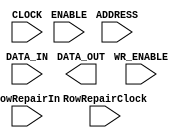

module CDK_S128x16(ADDRESS, DATA_IN, DATA_OUT, ENABLE, WR_ENABLE,
     CLOCK, RowRepairIn, RowRepairClock);
  input RowRepairIn, RowRepairClock;
  input [7:0] ADDRESS;
  input [15:0] DATA_IN;
  input ENABLE, WR_ENABLE, CLOCK;
  output [15:0] DATA_OUT;

endmodule